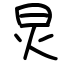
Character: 炅